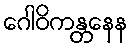
ဂေါဝိကန္တနေန